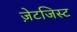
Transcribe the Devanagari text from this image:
ज़ेटजिस्ट